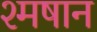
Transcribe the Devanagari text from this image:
श्मषान